Civil Veterinary Department. Madras. Admin. report 1926-33 - 1926-1933
Year: 1926
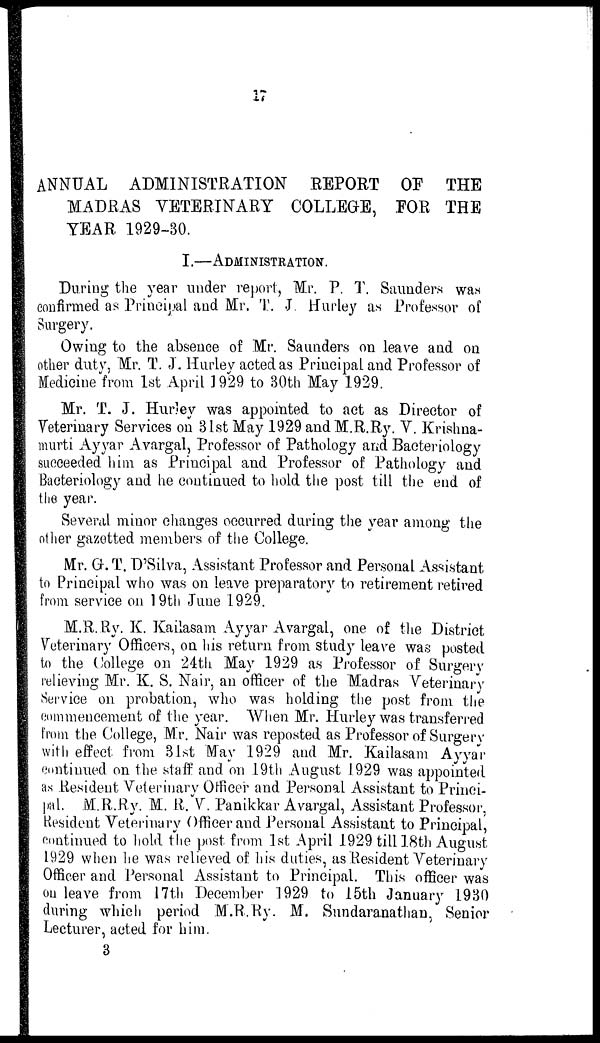
17
XI
ANNUAL ADMINISTRATION REPORT OP THE
MADRAS VETERINARY COLLEGE, FOR THE
TEAR 1929-30.
I.—ADMINISTRATION.
During the year under report, Mr. P. T. Saunders was
confirmed as Principal and Mr. T. J. Hurley as Professor of
Surgery.
Owing to the absence of Mr. Saunders on leave and on
other duty, Mr. T. J. Hurley acted as PrincipaLand Professor of
Medicine from 1st April 1929 to 30th May 1929.
Mr. T. J. Hurley was appointed to act as Director of
Veterinary Services on 31st May 1929 and M.R.Ry. V. Krishna-
murti Ayyar Avargal, Professor of Pathology arid Bacteriology
succeeded him as Principal and Professor of Pathology and
Bacteriology and he continued to hold the post till the end of
the year.
Several minor changes occurred during the year among the
other gazetted members of the College.
Mr. G.T. D'Silva, Assistant Professor and Personal Assistant
to Principal who was on leave preparatory to retirement retired
from service on 19th June 1929.
M.R.Ry. K. Kailasam Ayyar Avargal, one of the District
Veterinary Officers, on his return from study leave was posted
to the College on 24th May 1929 as Professor of Surgery
relieving Mr. K. S. Nair, an officer of the Madras Veterinary
Service on probation, who was holding the post from the
commencement of the year. When Mr. Hurley was transferred
from the College, Mr. Nair was reposted as Professor of Surgery
with effect from 31st May 1929 and Mr. Kailasam Ayyar
continued on the staff and on 19th August 1929 was appointed
as Resident Veterinary Officer and Personal Assistant to Princi-
pal. M.R.Ry. M. R. V. Panikkar Avargal, Assistant Professor,
Resident Veterinary Officer and Personal Assistant to Principal,
continued to hold the post from 1st April 1929 till 18th August
1929 when he was relieved of his duties, as Resident Veterinary
Officer and Personal Assistant to Principal. This officer was
on leave from 17th December 1929 to 15th January 1930
during which period M.R.Ry. M. Sundaranathan, Senior
Lecturer, acted for him.
3